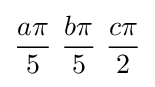
{a\pi  \over 5}\ {b\pi  \over 5}\ {c\pi  \over 2}